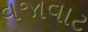
વજાવાટ